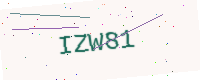
Text: IZW81